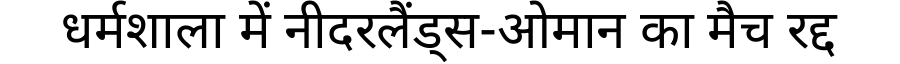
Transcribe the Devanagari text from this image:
धर्मशाला में नीदरलैंड्स-ओमान का मैच रद्द